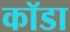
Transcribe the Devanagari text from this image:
कॉडा